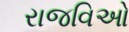
રાજવિઓ